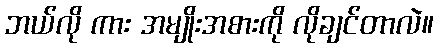
ဘယ်လို ကား အမျိုးအစားကို လိုချင်တာလဲ။